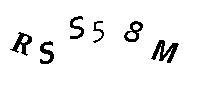
RSS58M